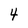
Character: 4